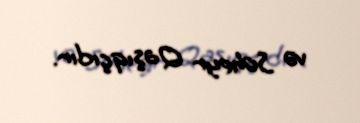
və Süheyr Qaşıqçıdır.